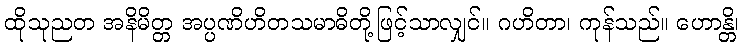
ထိုသုညတ အနိမိတ္တ အပ္ပဏိဟိတသမာဓိတို့ဖြင့်သာလျှင်။ ဂဟိတာ၊ ကုန်သည်။ ဟောန္တိ၊